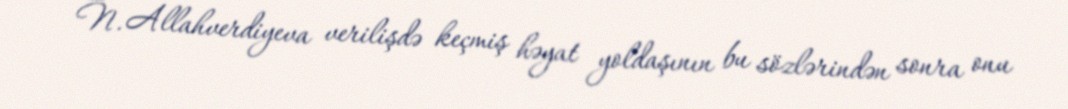
N. Allahverdiyeva verilişdə keçmiş həyat yoldaşının bu sözlərindən sonra onu